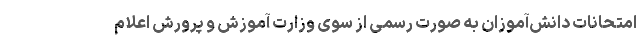
امتحانات دانش‌آموزان به صورت رسمی از سوی وزارت آموزش و پرورش اعلام